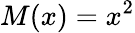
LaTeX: M(x)=x^{2}